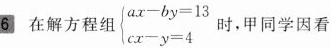
6 在解方程组 $$\left\{ \begin{matrix} ax-by=13 \\ cx-y=4 \end{matrix} \right.$$ 时，甲同学因看